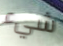
شيء